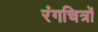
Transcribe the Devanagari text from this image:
रंगचित्रों